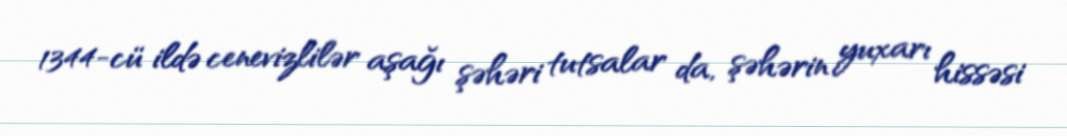
1344-cü ildə cenevizlilər aşağı şəhəri tutsalar da, şəhərin yuxarı hissəsi